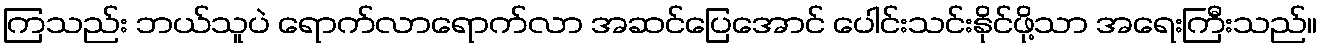
ကြသည်း ဘယ်သူပဲ ရောက်လာရောက်လာ အဆင်ပြေအောင် ပေါင်းသင်းနိုင်ဖို့သာ အရေးကြီးသည်။